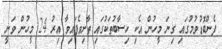
ފެންބޮޑުވުމުގައި ގިނަ މީހުން އެކި ހިސާބުތަކުގައި ތާށިވެފައިވާ އިރު 24 މީހުން ވަނީ